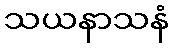
သယနာသနံ